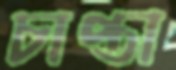
চাপ্তা